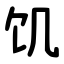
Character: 饥